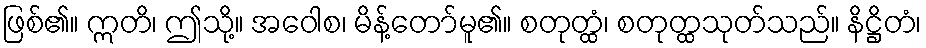
ဖြစ်၏။ ဣတိ၊ ဤသို့။ အဝေါစ၊ မိန့်တော်မူ၏။ စတုတ္ထံ၊ စတုတ္ထသုတ်သည်။ နိဋ္ဌိတံ၊